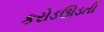
કરોડઊડતી